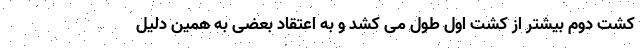
کشت دوم بیشتر از کشت اول طول می کشد و به اعتقاد بعضی به همین دلیل